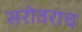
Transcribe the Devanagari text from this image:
सरोवराच